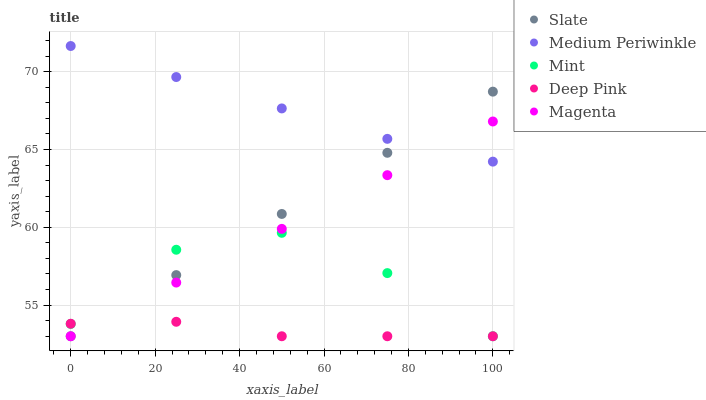
| xaxis_label | Slate | Medium Periwinkle | Mint | Deep Pink | Magenta |
 | --- | --- | --- | --- | --- | --- |
 | 0 | 53 | 71.6 | 53.8 | 53.8 | 53 |
 | 25 | 56.9 | 69.6 | 58.6 | 53.9 | 56.4 |
 | 50 | 60.9 | 67.6 | 59.6 | 53 | 59.9 |
 | 75 | 64.8 | 65.7 | 57.1 | 53 | 63.3 |
 | 100 | 68.7 | 64.2 | 53 | 53 | 66.8 |